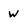
Character: w